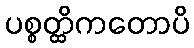
ပစ္စတ္ထိကတောပိ